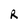
Character: R